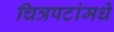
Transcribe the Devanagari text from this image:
चित्रपटांमधे